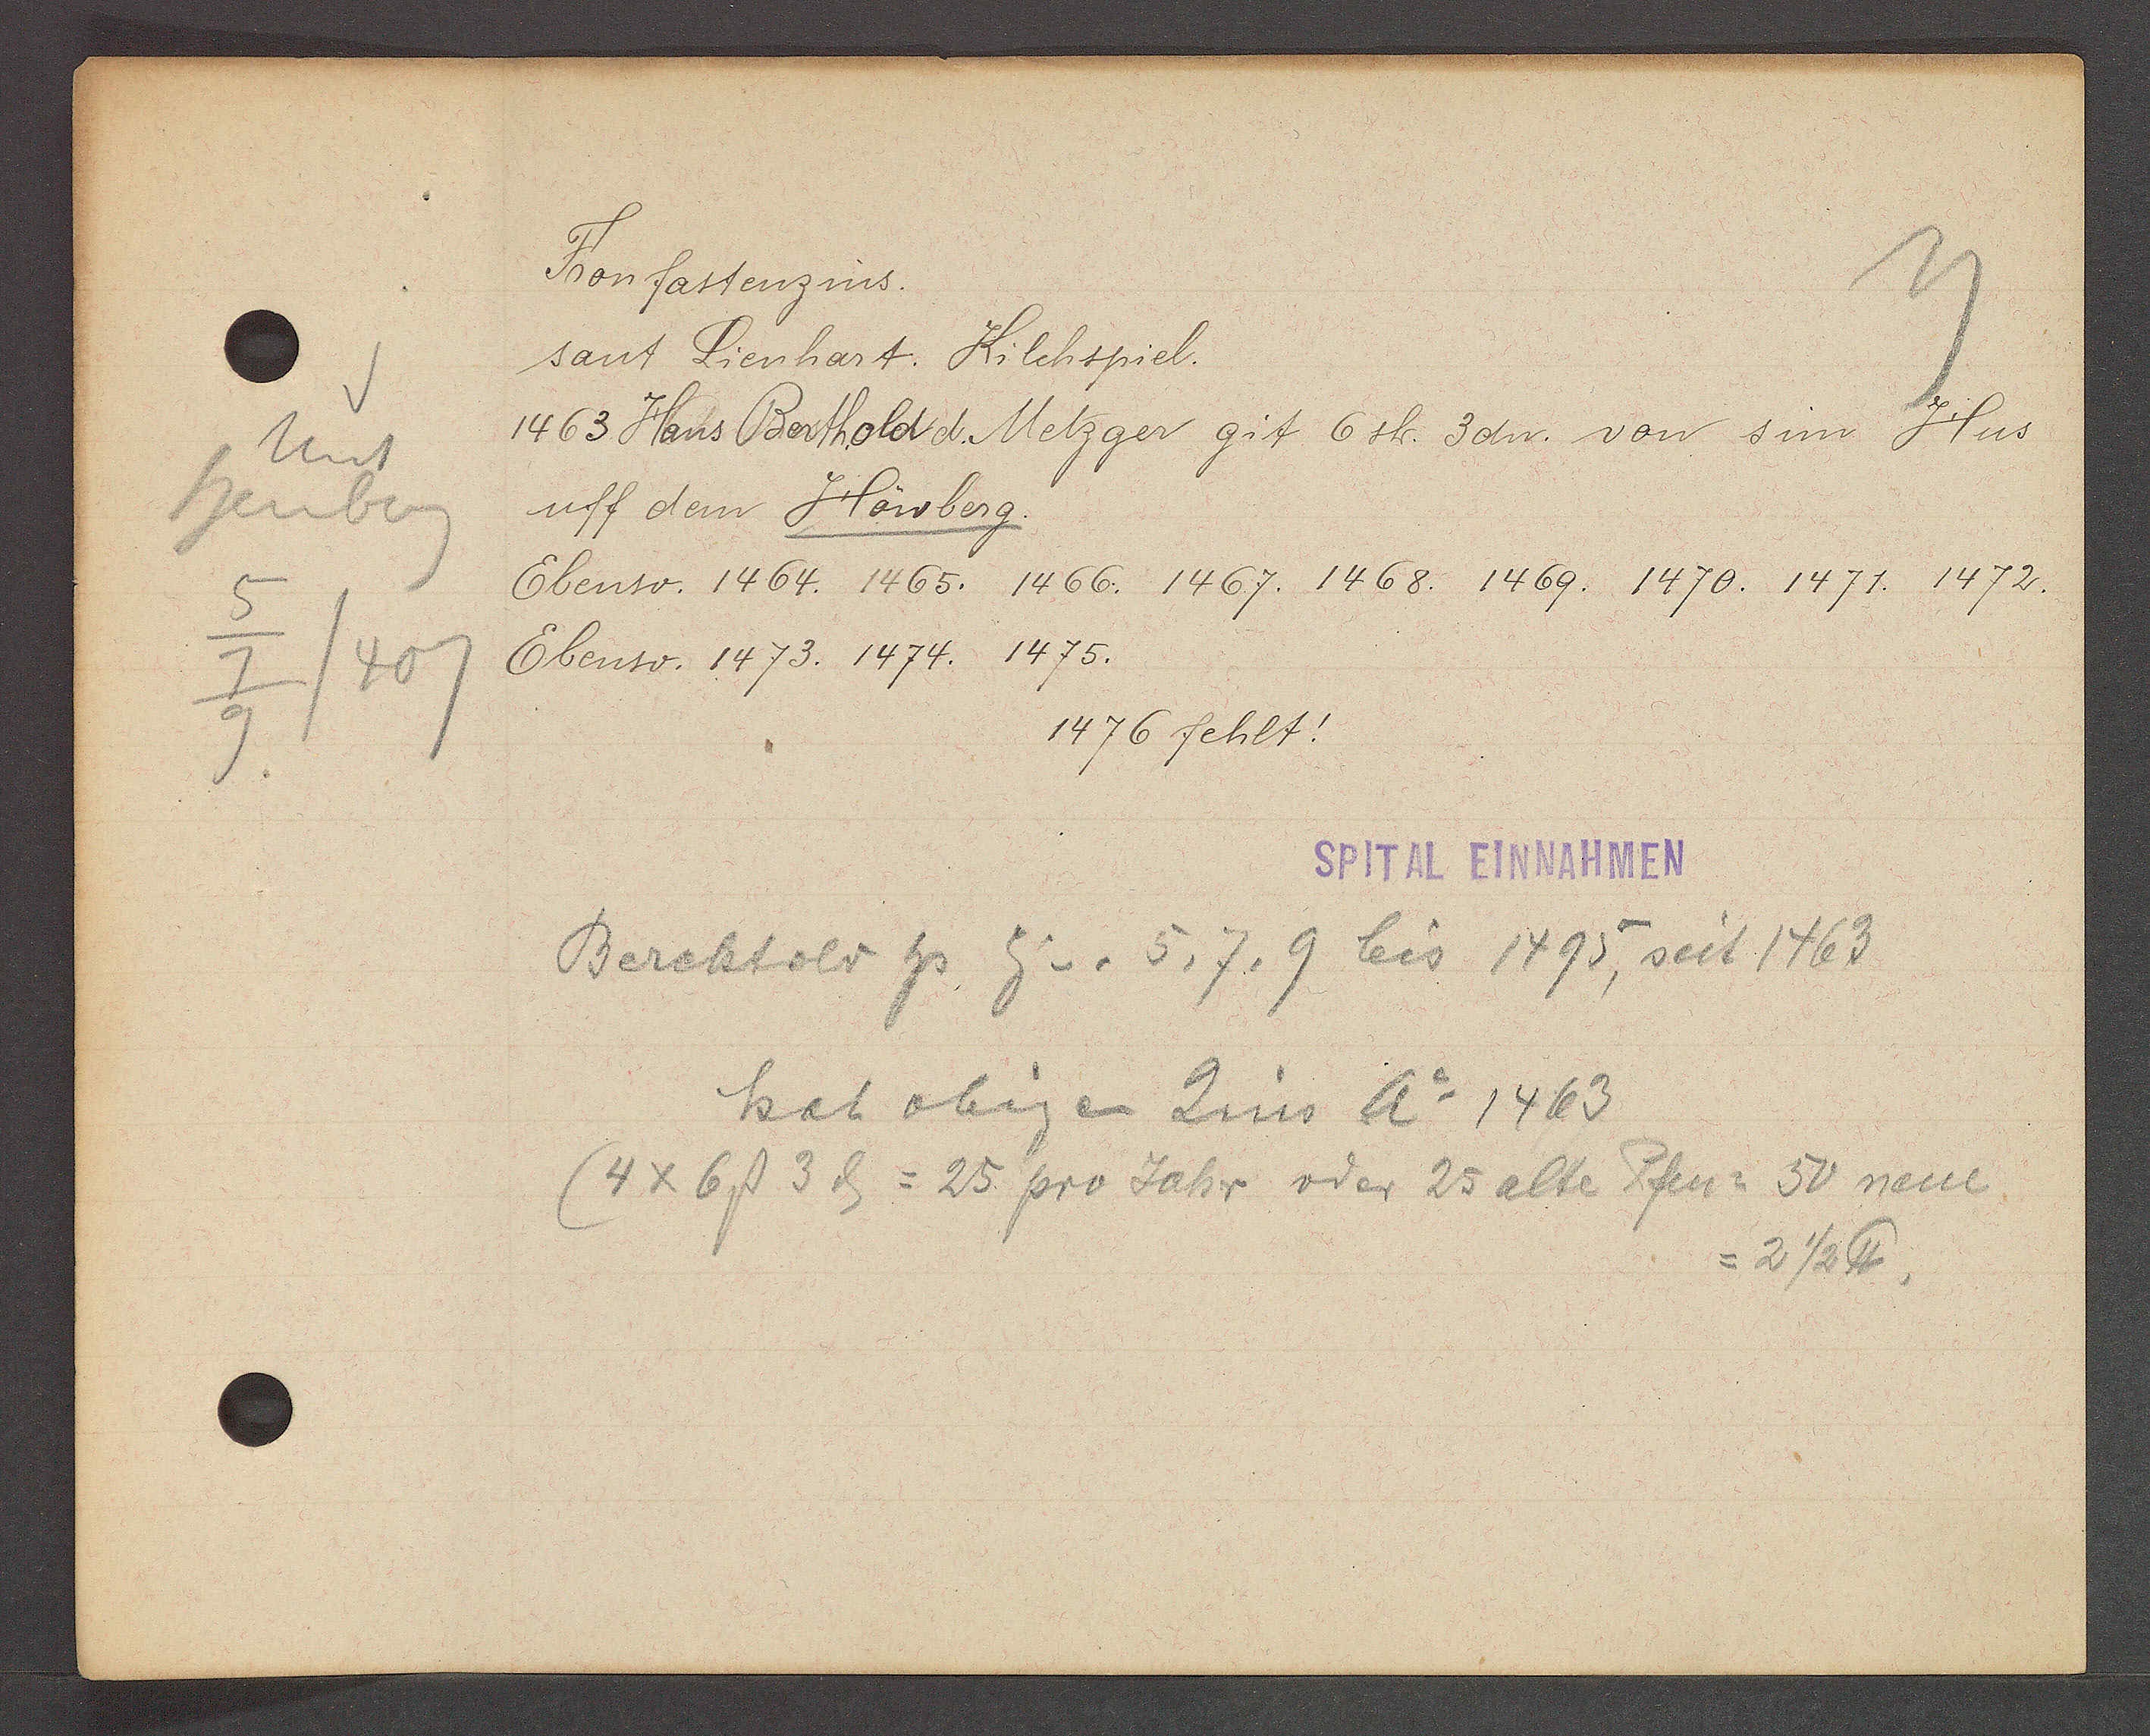
Transcript:
unt
Heuberg
5
407
7
9

Fronfastenzins.

sant Lienhart. Kilchspiel.
1463 Haus Berthold d. Metzger git 6 sh. 3dn. von sim Hus
uff dem Höwberg.
Ebenso. 1464. 1465.
1466. 1467. 1468. 1469. 1470. 1471. 1472.
1475.
Ebenso. 1473. 1474.
1476 fehlt!

SPITAL EINNAHMEN

Berchtold Hs. Eg v. 5, 7, 9 bis 1495, seit 1463
hat obigen Zins Ao 1463
(4 x 6ß 3ȡ = 25 pro Jahr oder 25 alte Pfen = 50 neue
= 2 1/2 ℔